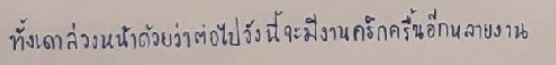
ทั้งเดาล่วงหน้าด้วยว่าต่อไปวังนี้จะมีงานครึกครื้นอีกหลายงาน